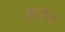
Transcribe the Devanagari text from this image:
आरेङ